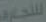
للتجارة